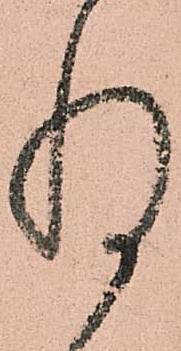
惶